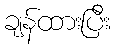
ချန်ထားပြီး